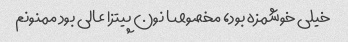
خیلی خوشمزه بود، مخصوصا نون پیتزا عالی بود ممنونم